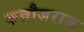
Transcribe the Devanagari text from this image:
कन्नौजराज